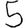
Digit: 5